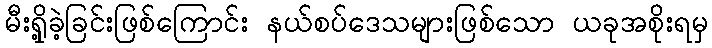
မီးရှို့ခဲ့ခြင်းဖြစ်ကြောင်း နယ်စပ်ဒေသများဖြစ်သော ယခုအစိုးရမှ